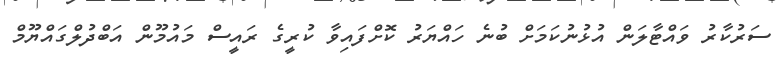
ސަރުކާރު ވައްޓާލަން އުޅުނުކަމަށް ބުނެ ހައްޔަރު ކޮށްފައިވާ ކުރީގެ ރައީސް މައުމޫން އަބްދުލްގައްޔޫމް